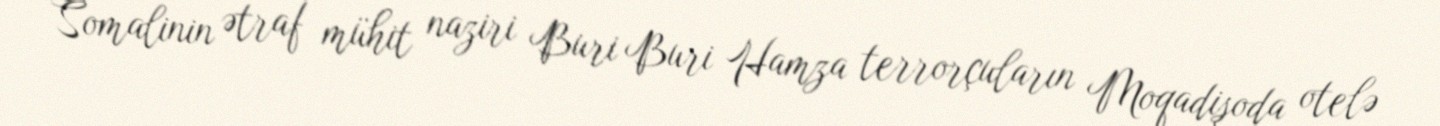
Somalinin ətraf mühit naziri Buri Buri Hamza terrorçuların Moqadişoda otelə